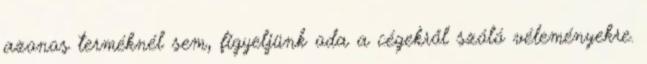
azonos terméknél sem, figyeljünk oda a cégekről szóló véleményekre.